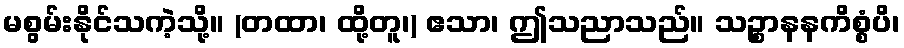
မစွမ်းနိုင်သကဲ့သို့။ (တထာ၊ ထို့တူ၊) ဧသာ၊ ဤသညာသည်။ သဉ္စာနနကိစ္စံပိ၊